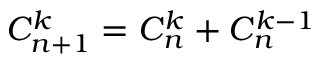
C _ { n + 1 } ^ { k } = C _ { n } ^ { k } + C _ { n } ^ { k - 1 }